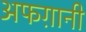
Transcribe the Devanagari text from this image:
अफग़ानी